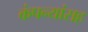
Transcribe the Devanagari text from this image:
कंपन्यांसह